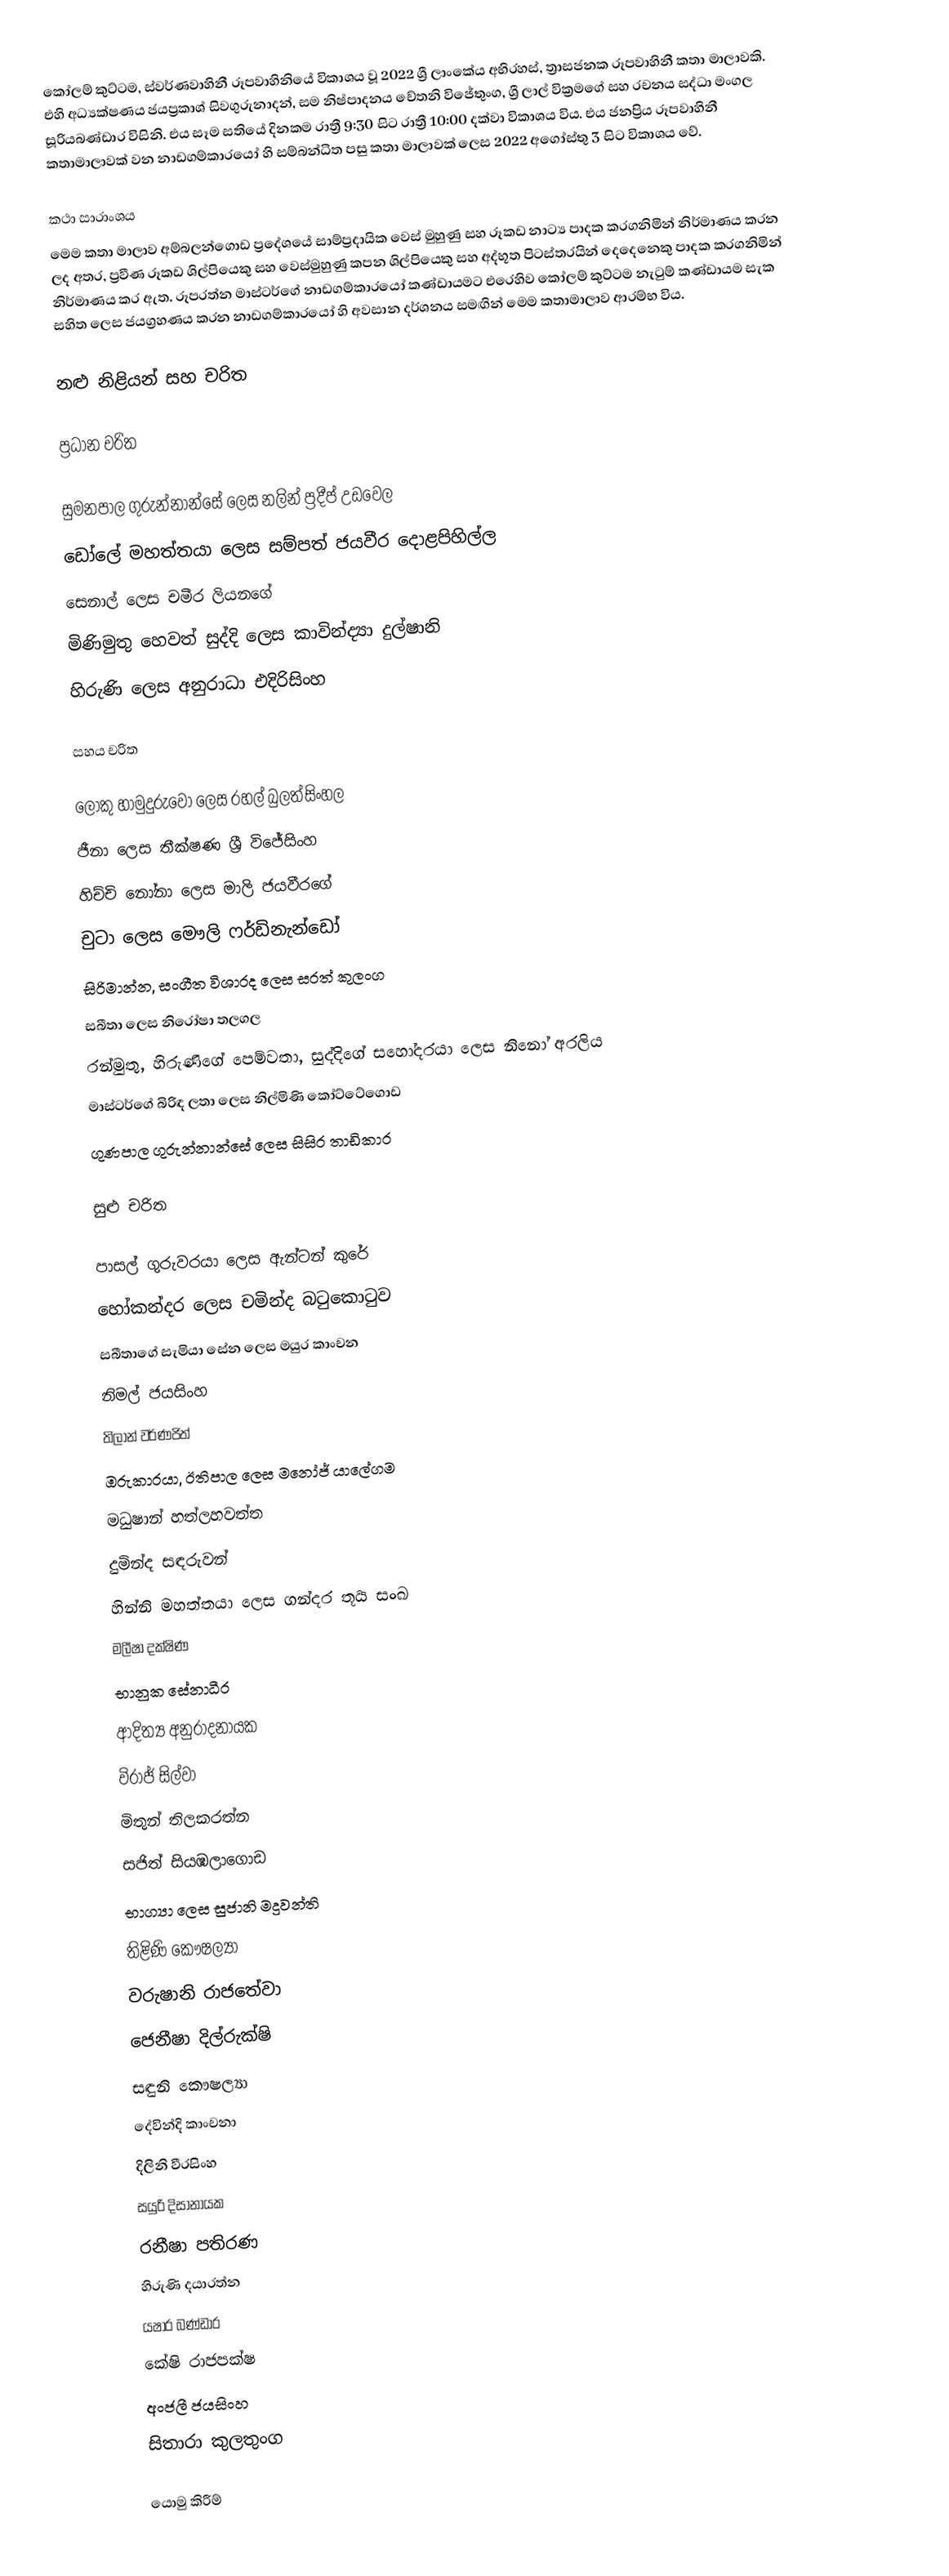
කෝලම් කුට්ටම, ස්වර්ණවාහිනී රූපවාහිනියේ විකාශය වූ 2022 ශ්‍රී ලාංකේය අභිරහස්, ත්‍රාසජනක රූපවාහිනී කතා මාලාවකි. එහි අධ්‍යක්ෂණය ජයප්‍රකාශ් සිවගුරුනාදන්, සම නිෂ්පාදනය චේතනි විජේතුංග, ශ්‍රී ලාල් වික්‍රමගේ සහ රචනය සද්ධා මංගල සූරියබණ්ඩාර විසිනි. එය සෑම සතියේ දිනකම රාත්‍රී 9:30 සිට රාත්‍රී 10:00 දක්වා විකාශය විය. එය ජනප්‍රිය රූපවාහිනී කතාමාලාවක් වන නාඩගම්කාරයෝ හි සම්බන්ධිත පසු කතා මාලාවක් ලෙස 2022 අගෝස්තු 3 සිට විකාශය වේ.

කථා සාරාංශය
මෙම කතා මාලාව අම්බලන්ගොඩ ප්‍රදේශයේ සාම්ප්‍රදායික වෙස් මුහුණු සහ රූකඩ නාට්‍ය පාදක කරගනිමින් නිර්මාණය කරන ලද අතර, ප්‍රවීණ රූකඩ ශිල්පියෙකු සහ වෙස්මුහුණු කපන ශිල්පියෙකු සහ අද්භූත පිටස්තරයින් දෙදෙනෙකු පාදක කරගනිමින් නිර්මාණය කර ඇත. රූපරත්න මාස්ටර්ගේ නාඩගම්කාරයෝ කණ්ඩායමට එරෙහිව කෝලම් කුට්ටම නැටුම් කණ්ඩායම සැක සහිත ලෙස ජයග්‍රහණය කරන නාඩගම්කාරයෝ හි අවසාන දර්ශනය සමඟින් මෙම කතාමාලාව ආරම්භ විය.

නළු නිළියන් සහ චරිත

ප්‍රධාන චරිත

 සුමනපාල ගුරුන්නාන්සේ ලෙස නලින් ප්‍රදීප් උඩවෙල
 ඩෝලේ මහත්තයා ලෙස සම්පත් ජයවීර දොළපිහිල්ල
 සෙනාල් ලෙස චමීර ලියනගේ
 මිණිමුතු හෙවත් සුද්දි ලෙස කාවින්ද්‍යා දුල්ෂානි
 හිරුණි ලෙස අනුරාධා එදිරිසිංහ

සහය චරිත

 ලොකු හාමුදුරුවෝ ලෙස රහල් බුලත්සිංහල
 ජීනා ලෙස තීක්ෂණ ශ්‍රී විජේසිංහ
 හිච්චි නෝනා ලෙස මාලි ජයවීරගේ
 චුටා ලෙස මෞලි ෆර්ඩිනැන්ඩෝ
 සිරිමාන්න, සංගීත විශාරද ලෙස සරත් කුලංග
 සබීතා ලෙස නිරෝෂා තලගල
 රන්මුතු, හිරුණිගේ පෙම්වතා, සුද්දිගේ සහෝදරයා ලෙස නිනෝ අරලිය
 මාස්ටර්ගේ බිරිඳ ලතා ලෙස නිල්මිණි කෝට්ටේගොඩ
 ගුණපාල ගුරුන්නාන්සේ ලෙස සිසිර තාඩිකාර

සුළු චරිත

 පාසල් ගුරුවරයා ලෙස ඇන්ටන් කුරේ
 හෝකන්දර ලෙස චමින්ද බටුකොටුව
 සබීතාගේ සැමියා සේන ලෙස මයුර කාංචන
 නිමල් ජයසිංහ
 තිලාන් වර්ණජිත්
 ඔරුකාරයා, ඊතිපාල ලෙස මනෝජ් යාලේගම
 මධුෂාන් හත්ලහවත්ත
 දුමින්ද සඳරුවන්
 හින්නි මහත්තයා ලෙස ගන්දර තූර්‍ය සංඛ
 මලීෂා දක්ෂිණ
 භානුක සේනාධීර
 ආදිත්‍ය අනුරාදනායක
 විරාජ් සිල්වා
 මිතුන් තිලකරත්න
 සජිත් සියඹලාගොඩ
 භාග්‍යා ලෙස සුජානි මදුවන්ති
 තිළිණි කෞෂල්‍යා
 වරුෂානි රාජතේවා
 ජෙනීෂා දිල්රුක්ෂි
 සඳුනි කෞෂල්‍යා
 දේවින්දි කාංචනා
 දිලිනි වීරසිංහ
 සයුරි දිසානායක
 රනීෂා පතිරණ
 හිරුණි දයාරත්න
 යෂාර බණ්ඩාර
 කේෂි රාජපක්ෂ
 අංජලී ජයසිංහ
 සිතාරා කුලතුංග

යොමු කිරීම්